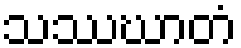
သဿဃာတံ